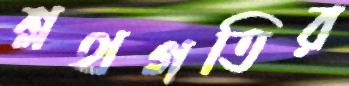
শ্লথগতির